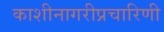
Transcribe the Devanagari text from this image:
काशीनागरीप्रचारिणी